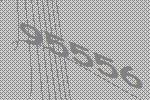
95556